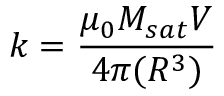
k = \frac { \mu _ { 0 } M _ { s a t } V } { 4 \pi ( R ^ { 3 } ) }